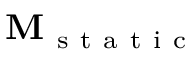
\mathbf { M } _ { \mathrm { ~ s ~ t ~ a ~ t ~ i ~ c ~ } }